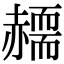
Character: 𧹸